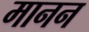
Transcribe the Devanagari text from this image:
मानन